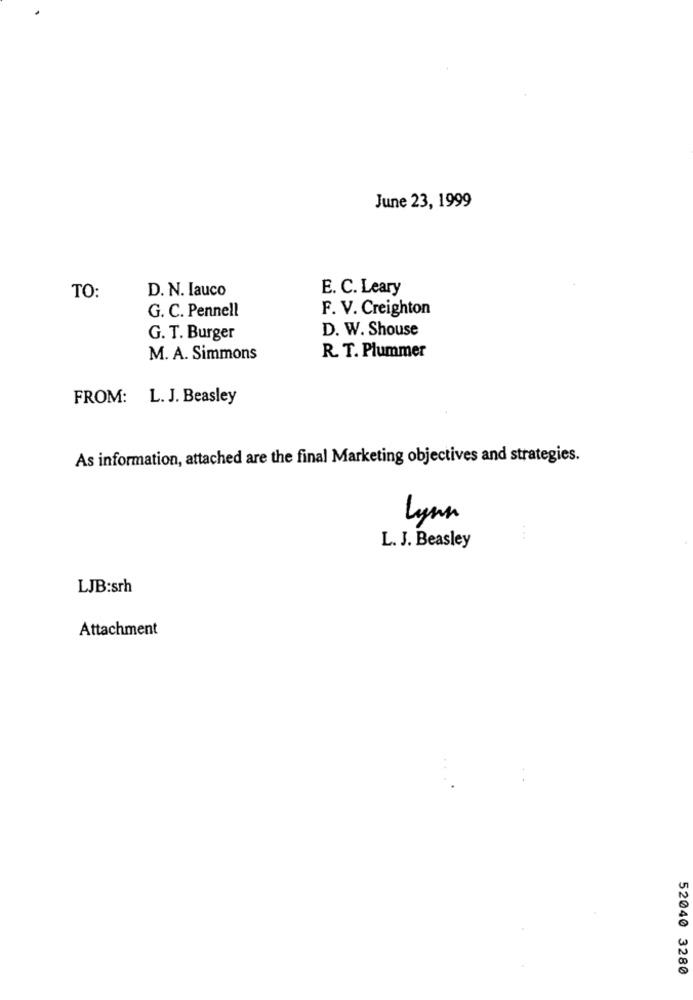
June 23, 1999
D. N. Iauco
E. C. Leary
TO:
F. V. Creighton
G. C. Pennell
D. W. Shouse
G. T. Burger
R. T. Plummer
M. A. Simmons
FROM: L. J. Beasley
As information, attached are the final Marketing objectives and strategies.
lynn
...
L. J. Beasley
LJB:srh
Attachment
52040 3280